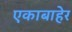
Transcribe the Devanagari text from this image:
एकाबाहेर